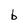
Character: b